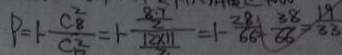
P = 1 - \frac { C _ { 8 } ^ { 2 } } { C _ { 2 } ^ { 2 } } = 1 - \frac { \frac { 8 7 } { 2 } } { \frac { 1 2 \times 1 1 } { 2 } } = 1 - \frac { 2 8 1 } { 6 6 } = \frac { 3 8 } { 6 6 } = \frac { 1 9 } { 3 3 }